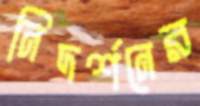
নিদর্শনের